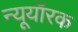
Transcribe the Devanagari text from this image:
न्यूयॉरक